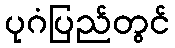
ပုဂံပြည်တွင်